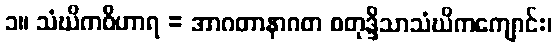
၁။ သံဃိကဝိဟာရ = အာဂတာနာဂတ စတုဒ္ဒိသာသံဃိကကျောင်း၊